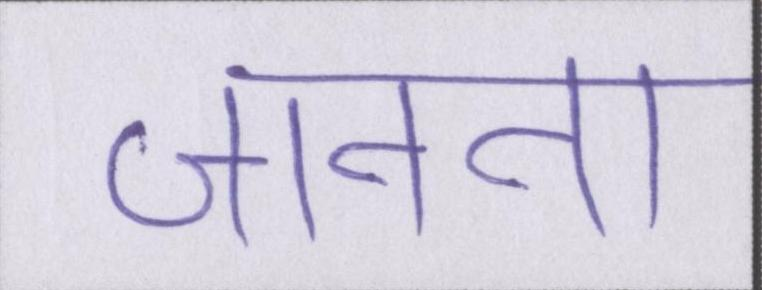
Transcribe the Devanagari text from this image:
जानना